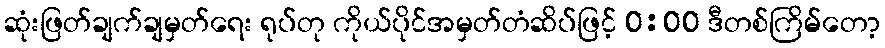
ဆုံးဖြတ်ချက်ချမှတ်ရေး ရုပ်တု ကိုယ်ပိုင်အမှတ်တံဆိပ်ဖြင့် 0:00 ဒီတစ်ကြိမ်တော့